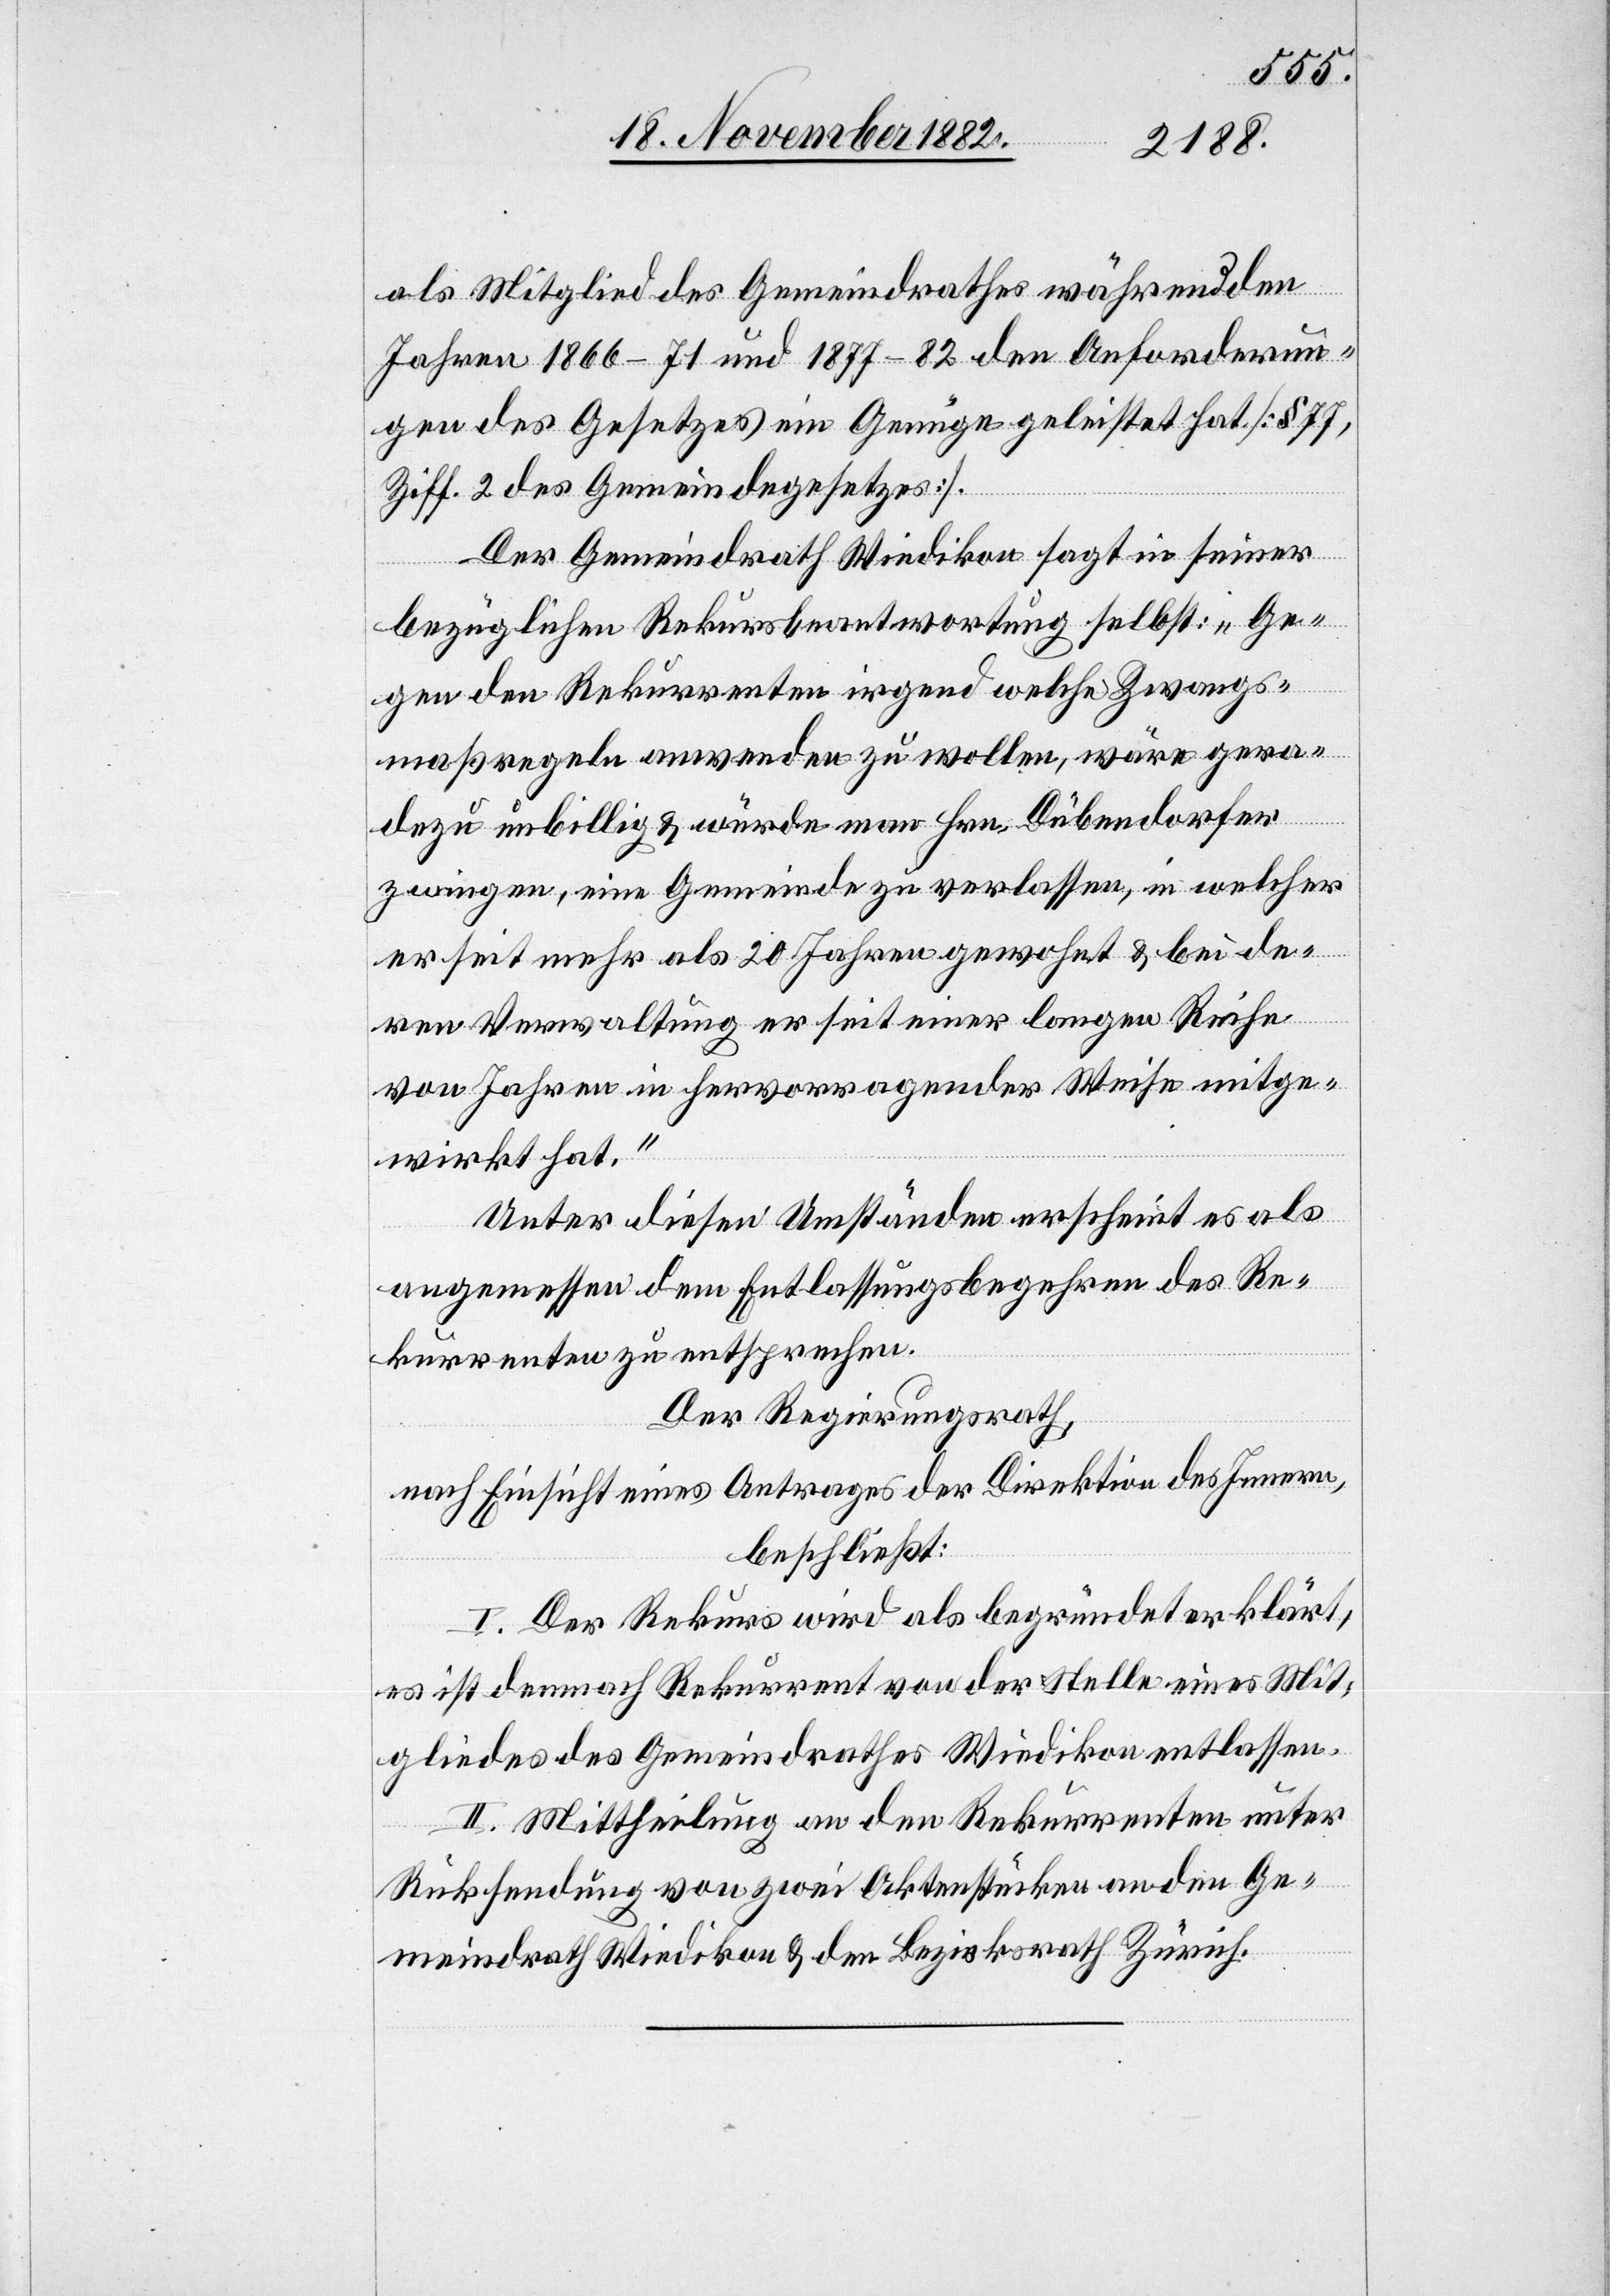
als Mitglied des Gemeindrathes während den
Jahren 1866–71 und 1877–82 den Anforderun¬
gen des Gesetzes ein Genüge geleistet hat. [§ 77,
Ziff. 2 des Gemeindegesetzes].
Der Gemeindrath Wiedikon sagt in seiner
bezüglichen Rekursbeantwortung selbst: „Ge¬
gen den Rekurrenten irgend welche Zwangs¬
maßregeln anwenden zu wollen, wäre gera¬
dezu unbillig & würde man Hrn. Dübendorfer
zwingen, eine Gemeinde zu verlassen, in welcher
er seit mehr als 20 Jahren gewohnt & bei de¬
ren Verwaltung er seit einer langen Reihe
von Jahren in hervorragender Weise mitge¬
wirkt hat.“
Unter diesen Umständen erscheint es als
angemessen dem Entlassungsbegehren des Re¬
kurrenten zu entsprechen.
Der Regierungsrath,
nach Einsicht eines Antrages der Direktion des Innern,
beschließt:
I. Der Rekurs wird als begründet erklärt,
es ist demnach Rekurrent von der Stelle eines Mit¬
gliedes des Gemeindrathes Wiedikon entlassen.
II. Mittheilung an den Rekurrenten unter
Rücksendung von zwei Aktenstücken an den Ge¬
meindrath Wiedikon & den Bezirksrath Zürich.